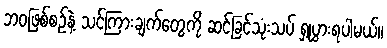
ဘဝဖြစ်စဉ်နဲ့ သင်ကြားချက်တွေကို ဆင်ခြင်သုံးသပ် ရှုပွားရပါမယ်။